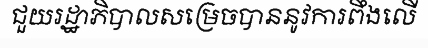
ជួយរដ្ឋាភិបាលសម្រេចបាននូវការពឹងលើ